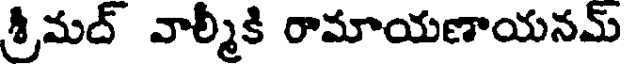
శ్రీమద్ వాల్మీకి రామాయణాయనమ్